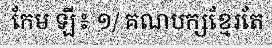
កែម ឡី៖ ១/ គណបក្សខ្មែរតែ